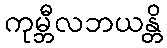
ကုမ္ဘီလဘယန္တိ